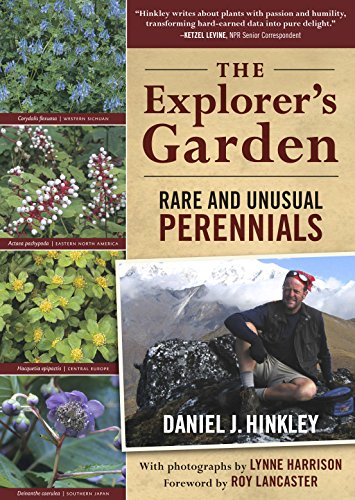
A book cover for The Explorer's Garden: Rare and Unusual Perennials; Daniel J. Hinkley; Crafts, Hobbies & Home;